Rae_vallavalitsus, lk 48
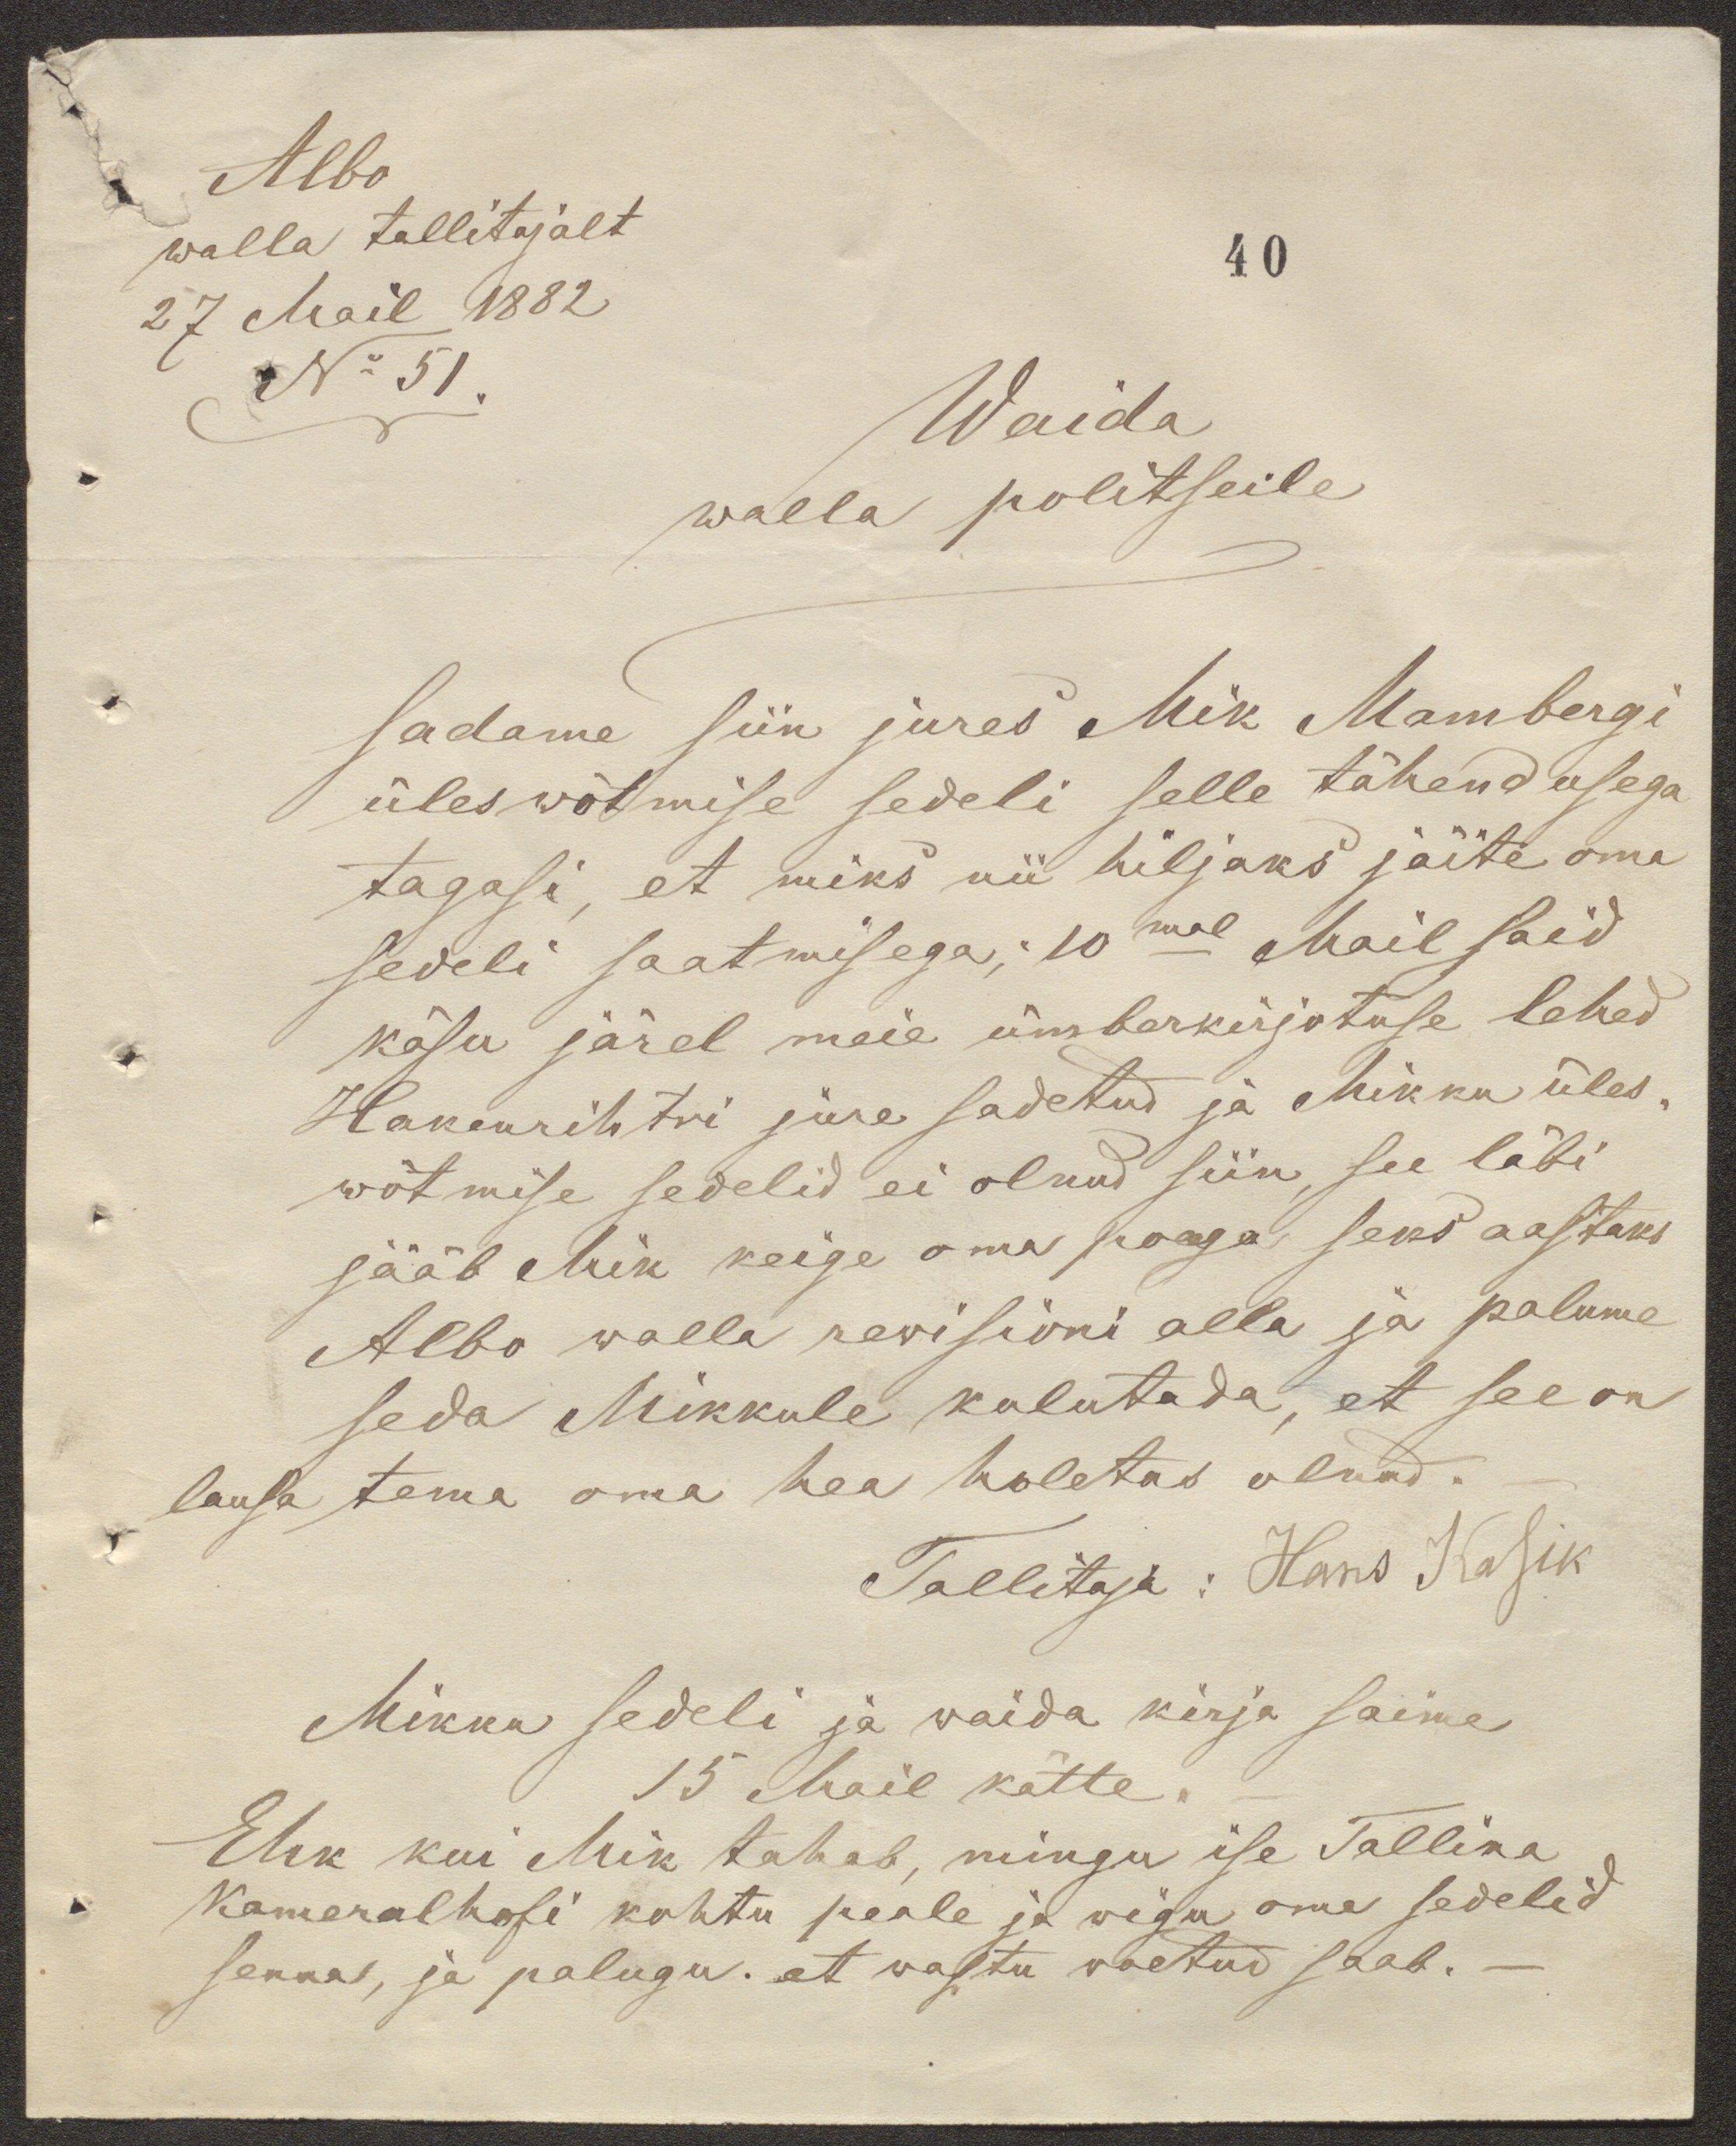
Albo
walla tallitajalt
40
27 Mail 1882
No 51.
Waida
walla politseile
sadame siin jures Mik Mambergi
üleswõtmise sedeli selle tähendusega
tagasi, et miks nii hiljaks jäite oma
sedeli saatmisega; 10mal Mail said
käsu järel meie ümberkirjotuse lehed
Hakenrihtri jure sadetud ja Mikku üles-
wõtmise sedelid ei olnud siin, see läbi
jääb Mik keige oma poeaga seks aastaks
Albo walla rewisioni alla ja palume
seda Mikkule kulutada, et see on
lausa tema oma hea holetus olnud.
Tallitaja: Hans Kasik
Mikku sedeli ja waida kirja saime
15 Mail kätte.
Ehk kui Mik tahab, mingu ise Tallina
Kameralhofi kohtu peale ja wigu oma sedelid
senna, ja palugu, et wastu woetud saab. -